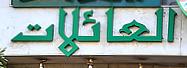
لعائلات